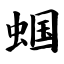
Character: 蝈